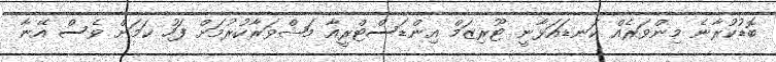
ބޮޑުކުރާނެ މިންވަރެއް ކަނޑައަޅާނީ ޓޫރިޒަމް އިންޑަސްޓްރީއާ މަޝްވަރާކުރުމަށް ފަހު ކަމަށް ވެސް އޭނާ